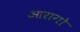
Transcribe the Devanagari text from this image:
आरागो